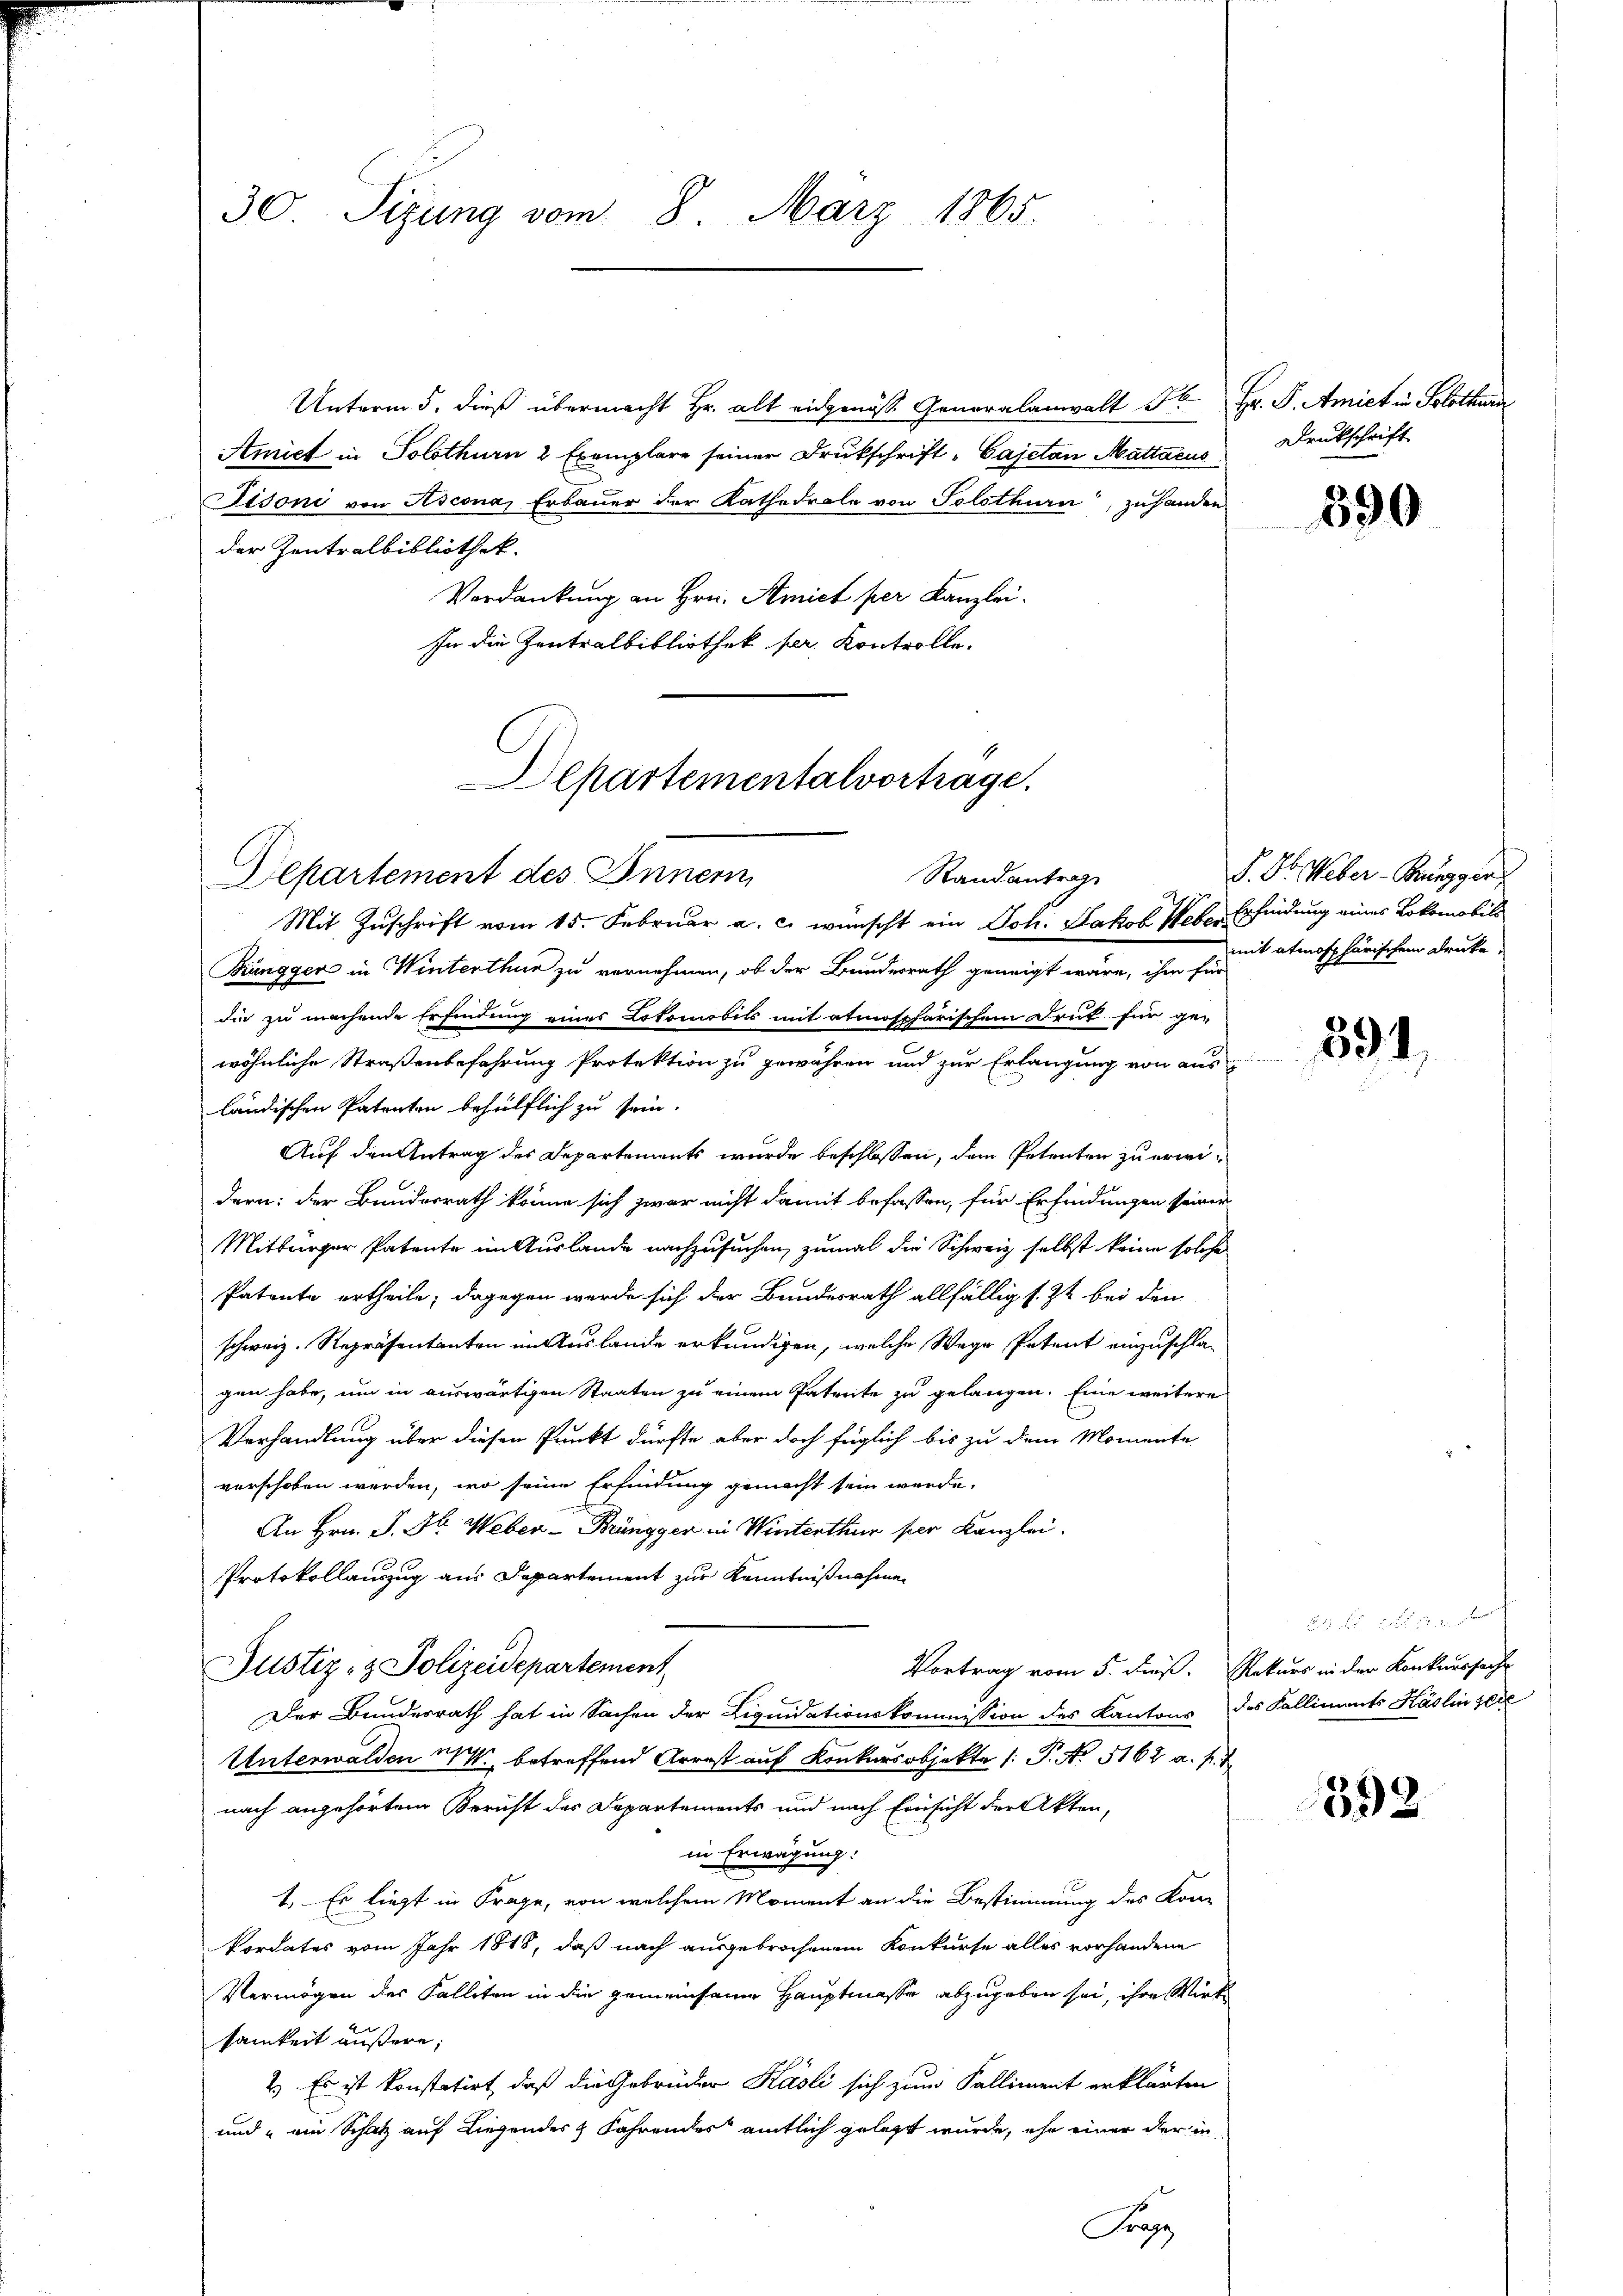
30. Sizung vom 8. März 1865.

Unterm 5. dieß übermacht Hr. alt eidgenös. Generalanwalt St. Hr. F. Amiet in Solothurn
Amist in Solothurn 2 Exemplare seiner Drukschrift-Cajetan Mattacus
Fisoni von Ascona, Erbauer der Kathedrale von Solothurn, zuhanden
der Zentralbibliothek.
Verdankung an Hrn. Amict per Kanzlei.
In die Zentralbibliothek pr. Kontrolle.

Departement des Innern
Randantrag
Mit Zuschrift vom 15. Februar a. c. wünscht ein Joh. Jakob Weber Erfindung eines Lokomobils
Brüngger in Winterthur zu vernehmen, ob der Bundesrath geneigt wäre, ihm für
die zu machende Erfindung eines Lokomobils mit atmosphärischem Druck für ge-
wöhnliche Straßenbefahrung Protektion zu gewähren und zur Erlangung von aus-
ländischen Patenten behülflich zu sein.
Auf den Antrag des Departements wurde beschlossen, dem Petenten zu erwidern: der Bundesrath könne sich zwar nicht damit befassen, für Erfindungen seiner
Mitbürger Patente im Auslande nachzusuchen, zumal die Schweiz selbst keine solche
Patente ertheile; dagegen werde sich der Bundesrath allfällig s. Zt. bei den
schweiz. Repräsentanten in Auslande erkundigen, welche Wege Petent einzuschlagen habe, um in auswärtigen Staaten zu einem Patente zu gelangen. Eine weitere
Verhandlung über diesen Punkt dürfte aber doch füglich bis zu dem Momente
verschoben werden, wo seine Erfindung gemacht sein werde.
An Hrn. J. H. Weber-Brüngger in Winterthur per Kanzlei.
Protokollauszug aus Departement zur Kenntnißnahmen
Justiz- & Polizeidepartement
Vortrag vom 5. dieß. Rekurs in der Konkurssache
Der Bundesrath hat in Sachen der Liquidationskommission des Kantons des Kalliments Käslin seie
Unterwalden M. betreffend Arrest auf Konkursobjekte /: P. N. 5162 a. p. 1
nach angehörtem Bericht des Departements und nach Einsicht der Akten,
in Erwägung:
1. Es liegt in Frage, von welchem Moment an die Bestimmung des Kon-
Pordates vom Jahr 1848, daß nach ausgebrochenem Konkurse alles vorhandene
Vermögen des Falliten in die gemeinsame Hauptmasse abzugeben sei, ihre Wirk
samkeit äußere;
2.) Es ist konstatirt, daß die Gebrüder Käsli sich zum Kalliment erklärten
und ein Schatz auf Liegendes & Fahrendes amtlich gelegt wurde, ehe einer der in
Frag

Departementalvortrage.

Drukschrift
390

P. Dr. Weber-Bungger
mit atmosphärischen Drucke,

591

Bunde willigen durch

392